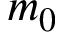
m _ { 0 }